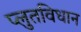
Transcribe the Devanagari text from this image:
प्लुतविधान